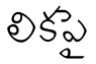
లికపై